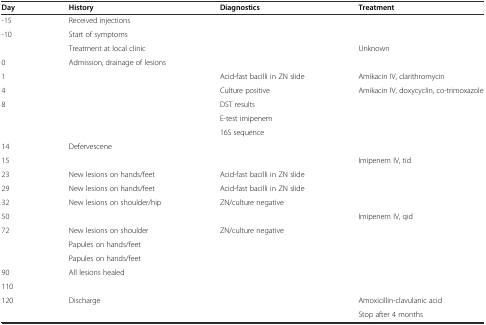
<table><thead><tr><td><b>Day</b></td><td><b>History</b></td><td><b>Diagnostics</b></td><td><b>Treatment</b></td></tr></thead><tbody><tr><td>-15</td><td>Received injections</td><td></td><td></td></tr><tr><td>-10</td><td>Start of symptoms</td><td></td><td></td></tr><tr><td></td><td>Treatment at local clinic</td><td></td><td>Unknown</td></tr><tr><td>0</td><td>Admission, drainage of lesions</td><td></td><td></td></tr><tr><td>1</td><td></td><td>Acid-fast bacilli in ZN slide</td><td>Amikacin IV, clarithromycin</td></tr><tr><td>4</td><td></td><td>Culture positive</td><td>Amikacin IV, doxycyclin, co-trimoxazole</td></tr><tr><td>8</td><td></td><td>DST results</td><td></td></tr><tr><td></td><td></td><td>E-test imipenem</td><td></td></tr><tr><td></td><td></td><td>16S sequence</td><td></td></tr><tr><td>14</td><td>Defervescene</td><td></td><td></td></tr><tr><td>15</td><td></td><td></td><td>Imipenem IV, tid</td></tr><tr><td>23</td><td>New lesions on hands/feet</td><td>Acid-fast bacilli in ZN slide</td><td></td></tr><tr><td>29</td><td>New lesions on hands/feet</td><td>Acid-fast bacilli in ZN slide</td><td></td></tr><tr><td>32</td><td>New lesions on shoulder/hip</td><td>ZN/culture negative</td><td></td></tr><tr><td>50</td><td></td><td></td><td>Imipenem IV, qid</td></tr><tr><td>72</td><td>New lesions on shoulder</td><td>ZN/culture negative</td><td></td></tr><tr><td></td><td>Papules on hands/feet</td><td></td><td></td></tr><tr><td></td><td>Papules on hands/feet</td><td></td><td></td></tr><tr><td>90</td><td>All lesions healed</td><td></td><td></td></tr><tr><td>110</td><td></td><td></td><td></td></tr><tr><td>120</td><td>Discharge</td><td></td><td>Amoxicillin-clavulanic acid</td></tr><tr><td></td><td></td><td></td><td>Stop after 4 months</td></tr></tbody></table>